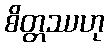
စိတ္တဿဟု